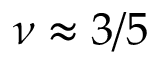
\nu \approx 3 / 5